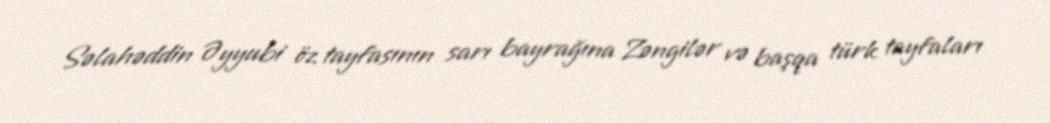
Səlahəddin Əyyubi öz tayfasının sarı bayrağına Zəngilər və başqa türk tayfaları